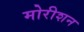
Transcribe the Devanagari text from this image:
मोरीशन